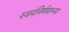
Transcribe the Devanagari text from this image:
स्वयंनिर्णयाच्या